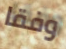
وفقا